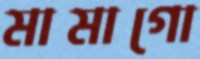
মামাগো